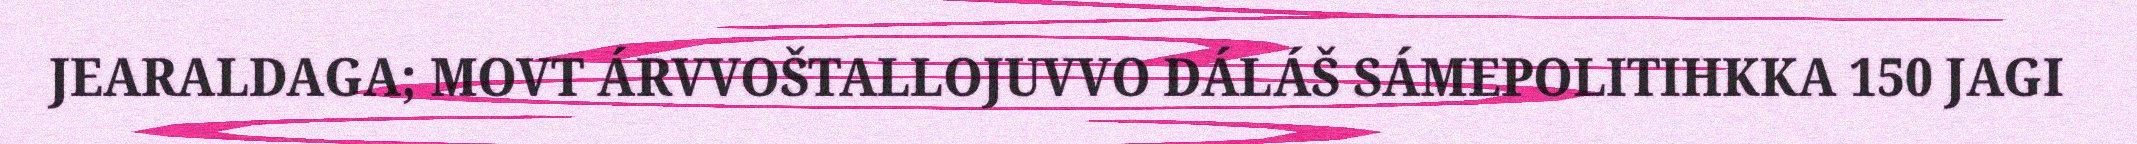
JEARALDAGA; MOVT ÁRVVOŠTALLOJUVVO DÁLÁŠ SÁMEPOLITIHKKA 150 JAGI